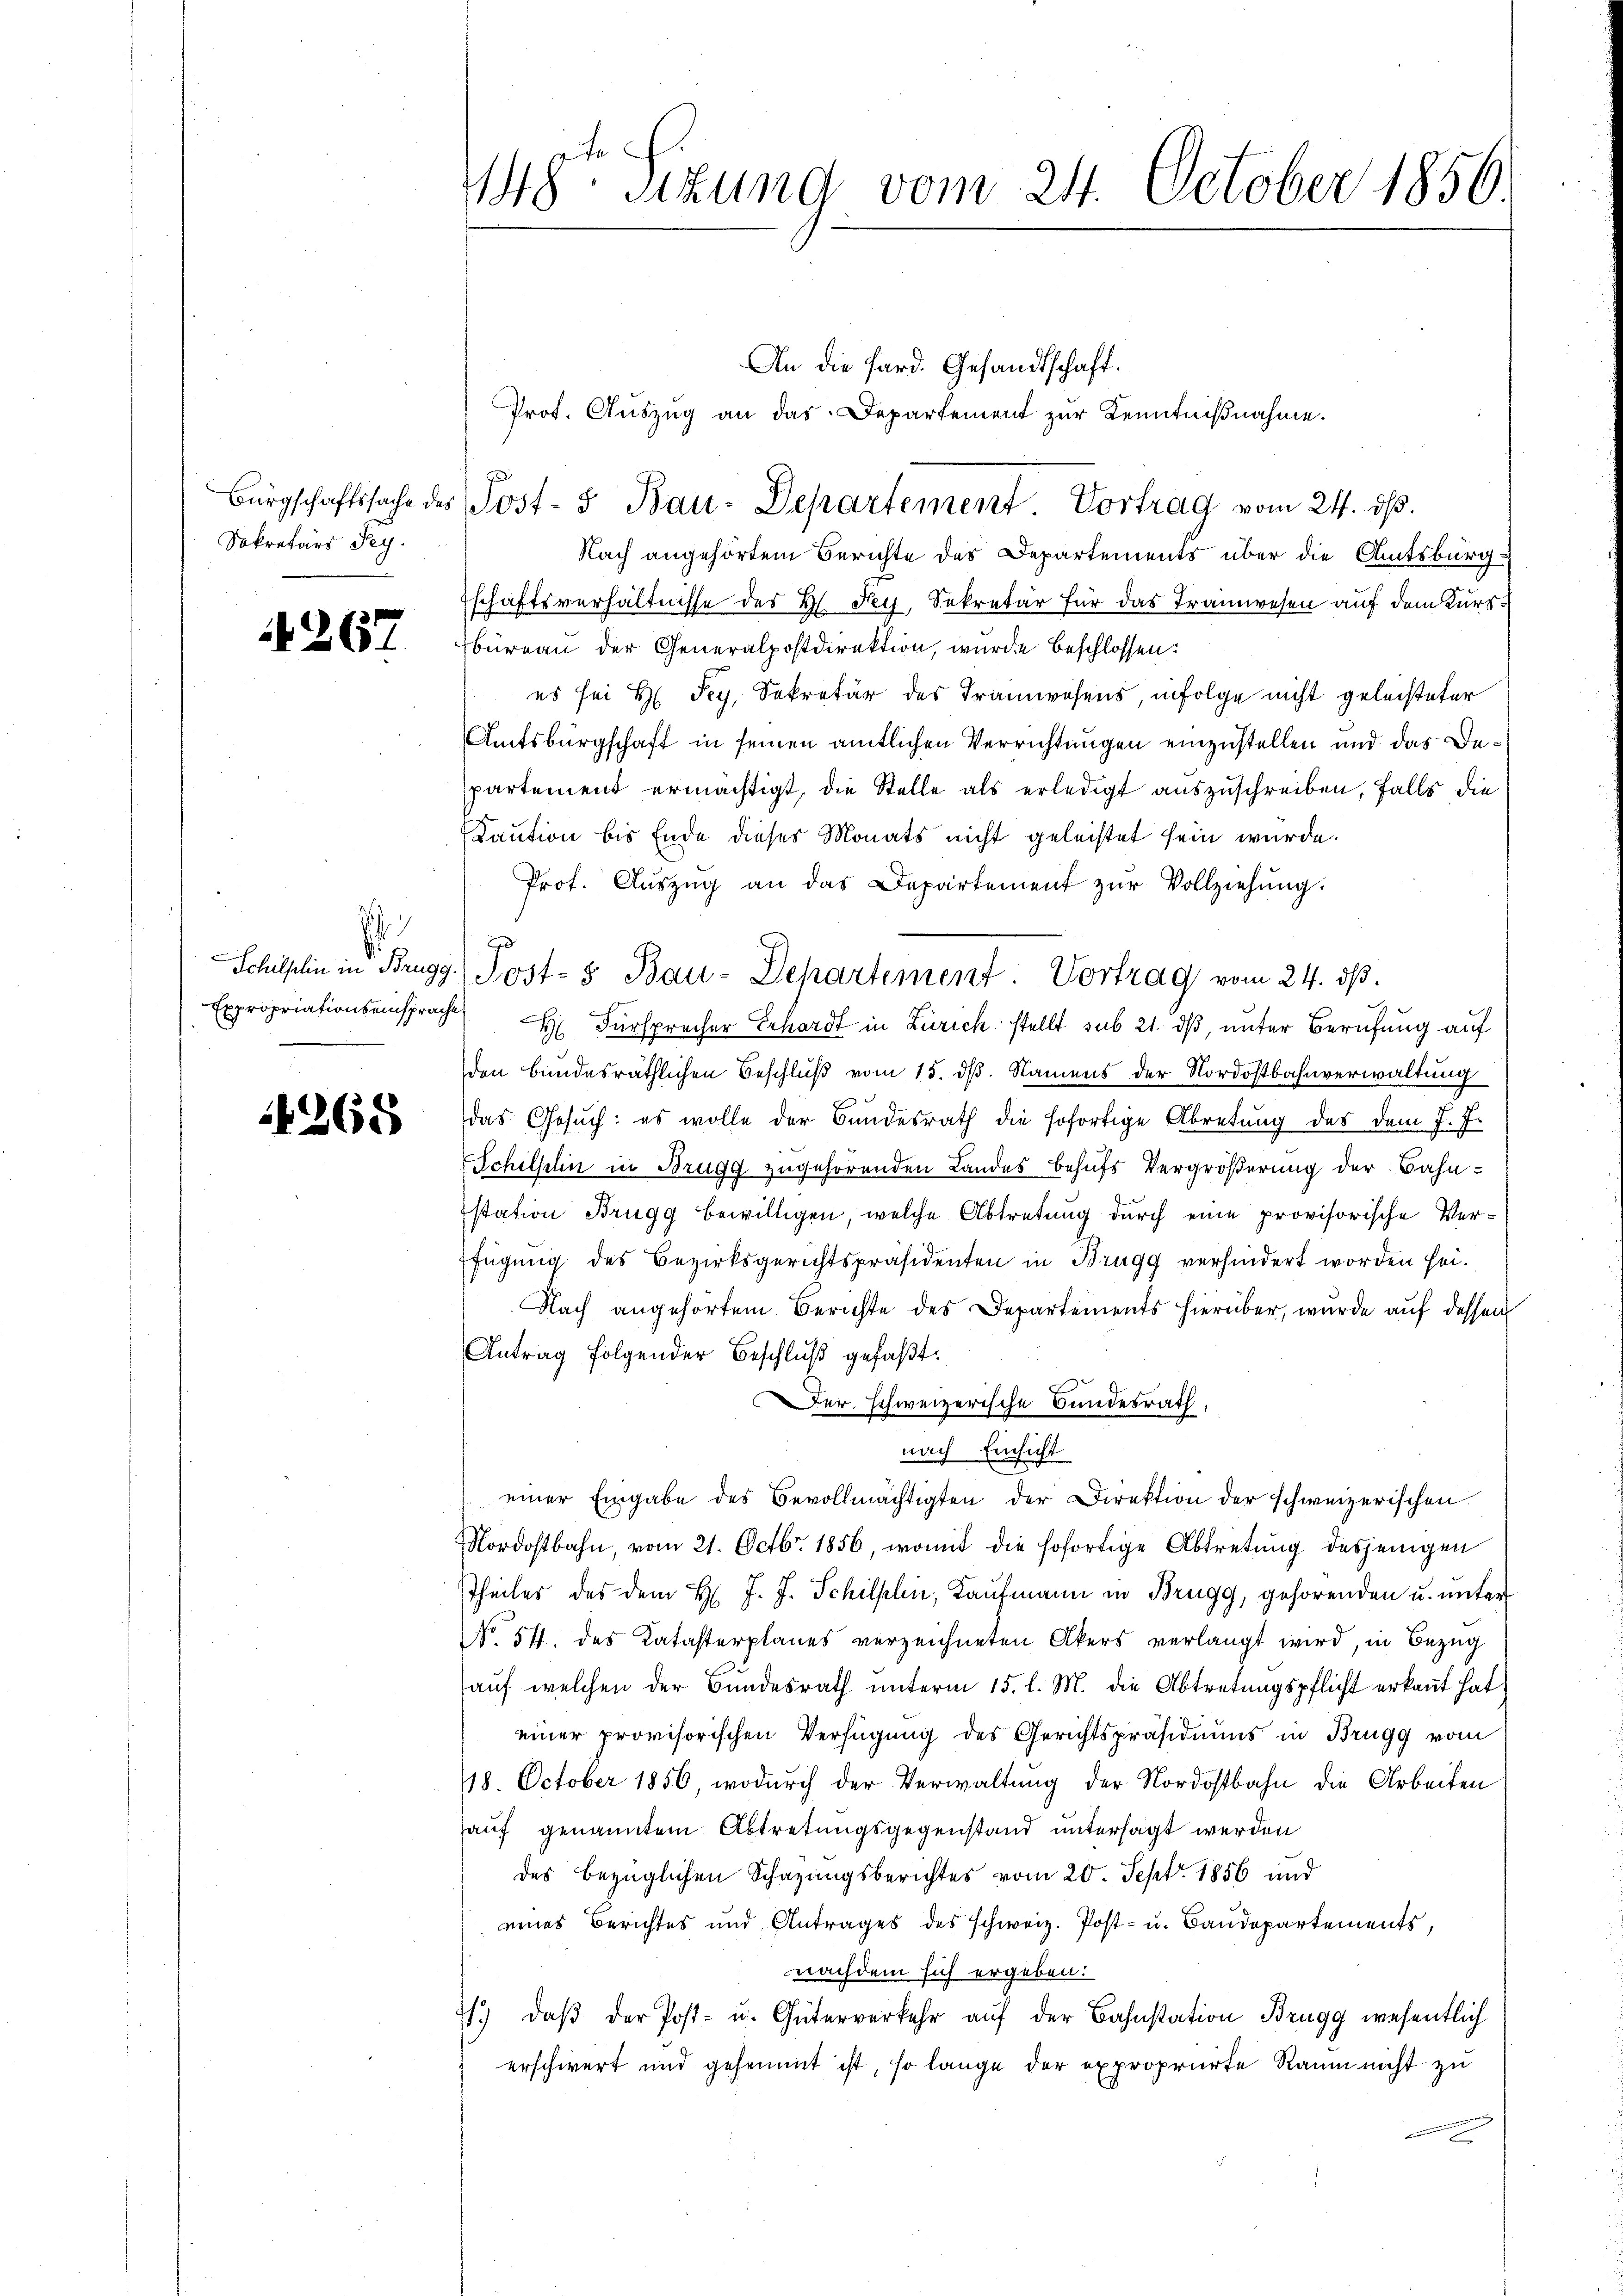
Sekretärs Pey.

267

S
Schilflin in Brugg
Expropriationseinspracht

4265

148 Sizung vom 24. October 1856

An die Hard. Gesandtschaft.
Prot. Auszug an das Departement zur Kenntnißnahme.
Nach angehörtem Berichte des Departements über die Amtsbürgschaftsverhältnisse des B. Fey, Sekretär für das Tramwesen auf dem Kursbüreau der Generalpostdirektion, wurde beschlossen:
es sei H Sey. Sekretär des Tramwesens, infolge nicht geleisteter
Amtsbürgschaft in seinen amtlichen Verrichtungen einzustellen und das Bepartement ermächtigt, die Stelle als erledigt auszuschreiben, falls die
Kaution bis Ende dieses Monats nicht geleistet sein wurde.
Prof. Aŭszŭg an das Departement zŭr Vollziehŭng.
 Fürsprocher Erhardt in Zürich stellt sub 21. dß, unter Berufung auf
den bundesräthlichen Beschluß vom 15. dß. Namens der Nordostbahnverwaltung
das Gesuch: es wolle der Bundesrath die sofortige Abretung des dem J. J.
Schilfeln in Brugg zugehörenden Landes behufs Vergrößerung der Bahnstation Brugg bewilligen, welche Abtretung durch eine provisorische Ver-
fügung des Bezirksgerichtspräsidenten in Brugg verhindert worden hei¬
Nach angehörtem Berichte des Departements hierüber, wurde auf dessen
Antrag folgender Beschluß gefaßt:
Der. schweizerische Bundesrath,
nach Einsicht
einer Eingabe des Bevollmächtigten der Direktion der schweizerischen
Nordostbahn, vom 21. Octbr. 1856, womit die sofortige Abtretung desjenigen
Theiles des dem H. J. J. Schillin, Kaufmann in Brugg, gehörenden u. unter
No. 511. des Katasterplanes verzeichneten Akers verlangt wird, in Bezug
auf welchen der Bundesrath unterm 15. l. M. die Abtretungspflicht erkannt hat,
einer provisorischen Verfügung des Gerichtspräsidiums in Brugg vom
18. October 1856, wodurch der Verwaltung der Nordostbahn die Arbeiten
hauf genanntem Abtretungsgegenstand untersagt werden
des bezüglichen Schazungsberichtes vom 20. Sept 1856 und
eines Berichtes und Antrages des schweiz. Post- u. Baudepartements,
nachdem sich ergeben:
7.) daβ der Post- u. Güterverkehr aŭf der Bahnstation Brugg wesentlich
erschwert und gesammt ist, so lange der expropriirte Raum nicht zu

Bürgschaftssache des Post- & Bau-Departement. Vortrag vom 24. dβ.

7
Jost- & Bau-Departement: Vortrag vom 24. dβ.